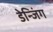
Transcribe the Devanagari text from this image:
डेन्जिंग